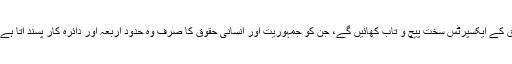
مجھے پتا ہے یہ بات سن کر جمہوریت کے چیمپئنز اور انسانی حقوق کے ایکسپرٹس سخت پیچ و تاب کھائیں گے، جن کو جمہوریت اور انسانی حقوق کا صرف وہ حدودِ اربعہ اور دائرہ کار پسند آتا ہے جو ان کے اور ان کی مدد و اعانت کر نے والوں کو سوٹ کرتا ہے ۔